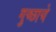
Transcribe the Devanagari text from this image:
गुच्छाचे